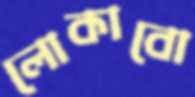
লোকাবো